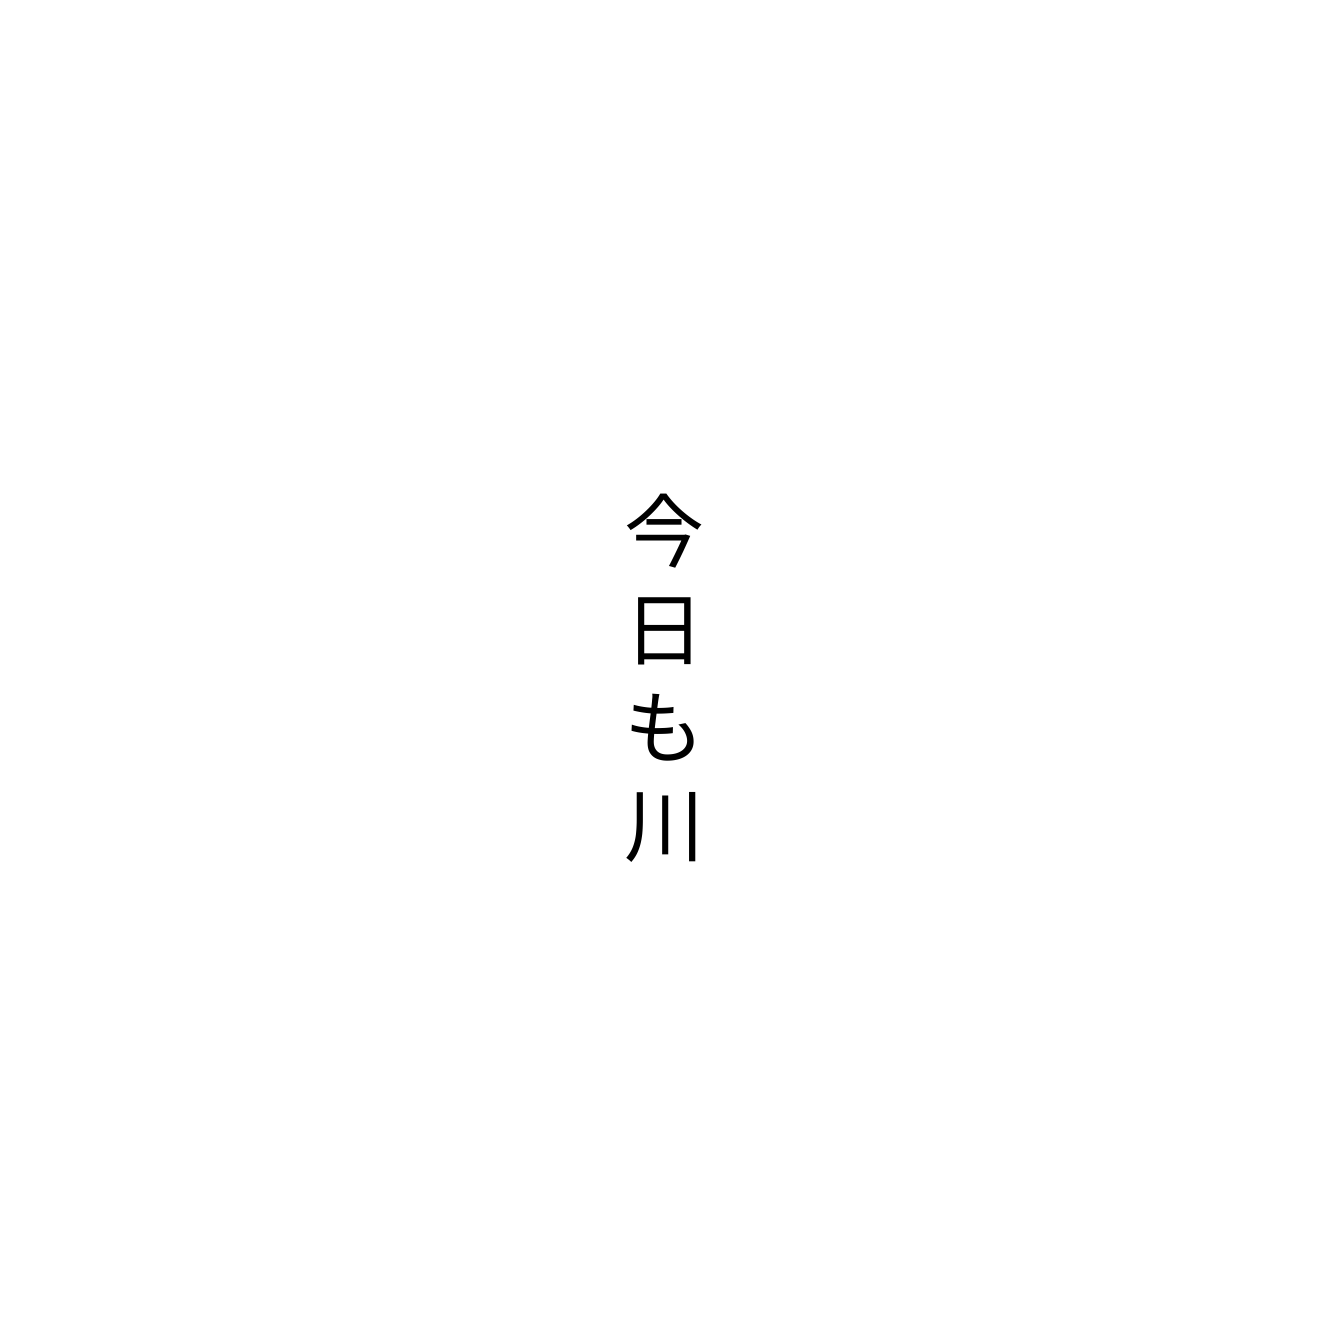
今日も川